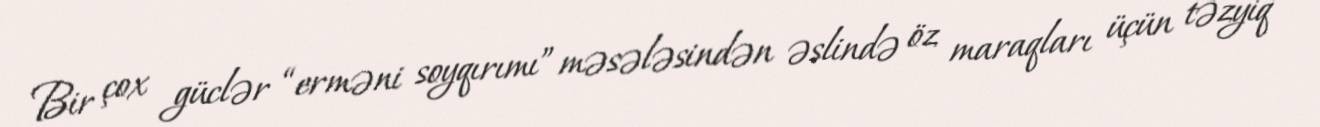
Bir çox güclər “erməni soyqırımı” məsələsindən əslində öz maraqları üçün təzyiq